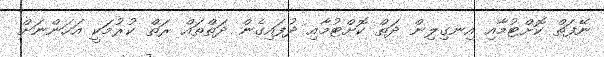
ނޭފަތް ކޮށްޓުމާއި އިނގިލިން ދަތް ކޮށްޓުމާއި ދުފައިގެން ދަތްތައް ރަތް ކުރުމަކީ އަހަންނަށް